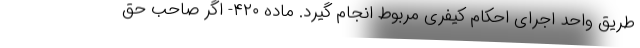
طریق واحد اجرای احکام کیفری مربوط انجام گیرد. ماده ۴۲۰- اگر صاحب حق